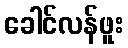
ခေါင်လန်ဖူး